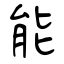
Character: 能